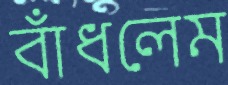
বাঁধলেম